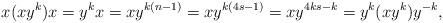
LaTeX: \begin{align*}x (xy^k)x=y^{k}x=xy^{k(n-1)}=xy^{k(4s-1)}=xy^{4ks-k}=y^k(xy^k)y^{-k}, \end{align*}